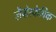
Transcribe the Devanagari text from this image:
लैपोस्केपिक